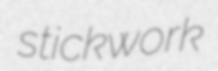
stickwork